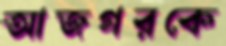
আজগরকে